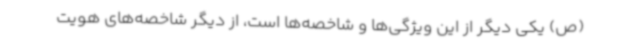
(ص) یکی دیگر از این ویژگی‌ها و شاخصه‌ها است، از دیگر شاخصه‌های هویت